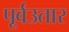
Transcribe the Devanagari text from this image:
पूर्वउतार